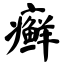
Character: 癣